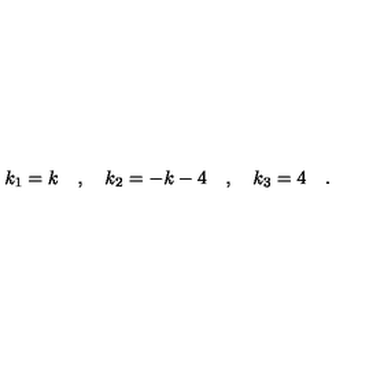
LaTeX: k _ { 1 } = k \quad , \quad k _ { 2 } = - k - 4 \quad , \quad k _ { 3 } = 4 \quad .